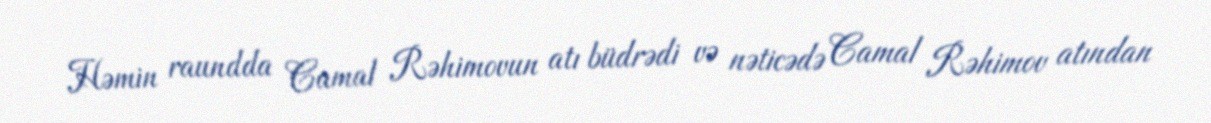
Həmin raundda Camal Rəhimovun atı büdrədi və nəticədə Camal Rəhimov atından